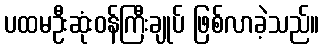
ပထမဦးဆုံးဝန်ကြီးချုပ် ဖြစ်လာခဲ့သည်။